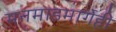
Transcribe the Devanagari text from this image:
मनमाडमार्गेही